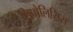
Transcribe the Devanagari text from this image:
लिपोलिसिस